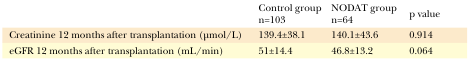
<table><thead><tr><td></td><td><b>Control groupn=103</b></td><td><b>NODAT groupn=64</b></td><td><b>p value</b></td></tr></thead><tbody><tr><td>Creatinine 12 months after transplantation (μmol/L)</td><td>139.4±38.1</td><td>140.1±43.6</td><td>0.914</td></tr><tr><td>eGFR 12 months after transplantation (mL/min) </td><td>51±14.4</td><td>46.8±13.2</td><td>0.064</td></tr></tbody></table>